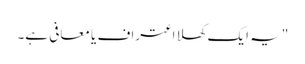
"یہ ایک کھلا اعتراف یا معافی ہے۔